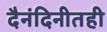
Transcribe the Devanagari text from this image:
दैनंदिनीतही